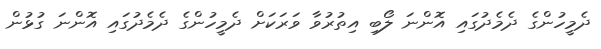
ދެމީހުންގެ ދެމެދުގައި އޮންނަ ލޯބި އިތުރުވާ ވަރަކަށް ދެމީހުންގެ ދެމެދުގައި އޮންނަ ގުޅުން